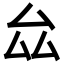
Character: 厽